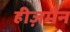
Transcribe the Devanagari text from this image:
हीज़मैन